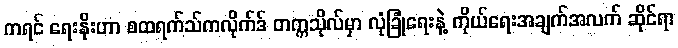
ကရင် ရေးနိုးဟာ စထရက်သ်ကလိုက်ဒ် တက္ကသိုလ်မှာ လုံခြုံရေးနဲ့ ကိုယ်ရေးအချက်အလက် ဆိုင်ရာ